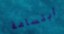
ابتسامة